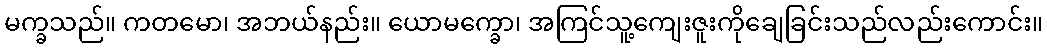
မက္ခသည်။ ကတမော၊ အဘယ်နည်း။ ယောမက္ခော၊ အကြင်သူ့ကျေးဇူးကိုချေခြင်းသည်လည်းကောင်း။